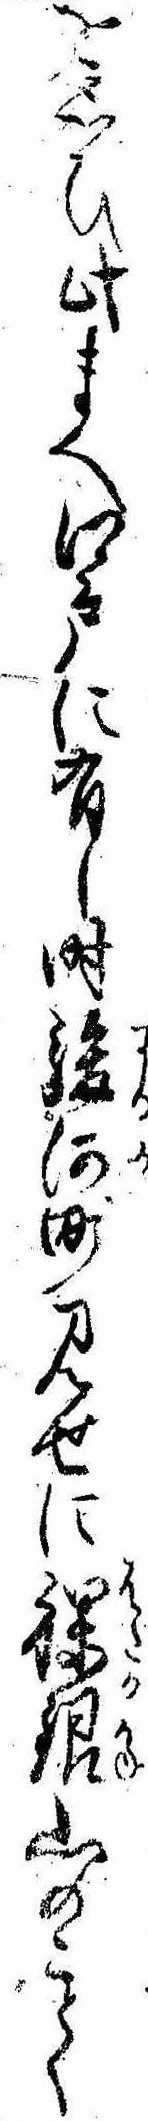
を思ひ此まへ江戸に有し時駿河町見せに裸銀山のことく